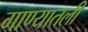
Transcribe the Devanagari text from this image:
गाण्यातली